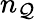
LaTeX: n_{\mathcal{Q}}